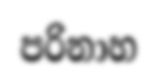
පරිනාහ